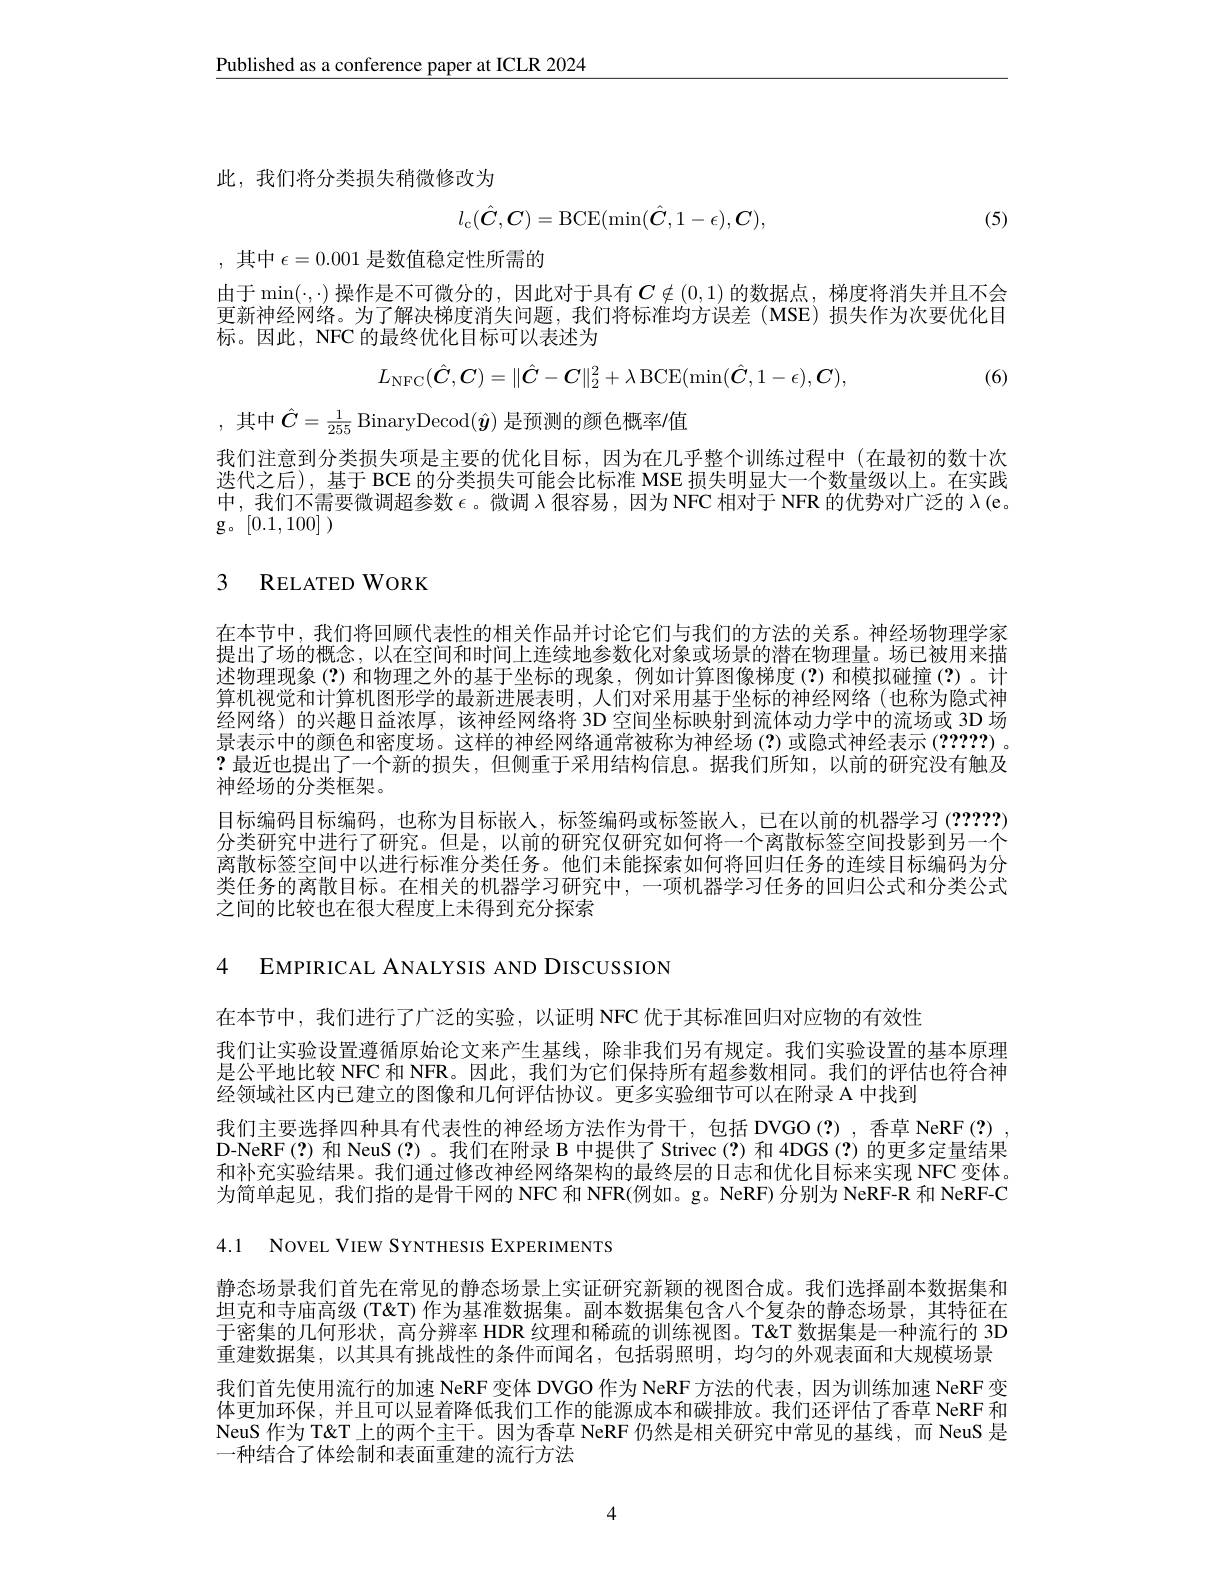
$\underline{\text{Published as a conference paper at ICLR 2024}}$

此，我们将分类损失稍微修改为
$$l_\mathrm{c}(\hat{\boldsymbol{C}},\boldsymbol{C})=\mathrm{BCE}(\mathrm{min}(\hat{\boldsymbol{C}},1-\epsilon),\boldsymbol{C}),$$
(5)

,其中 $\epsilon=0.001$ 是数值稳定性所需的

由于$\min(\cdot,\cdot)$ 操作是不可微分的，因此对于具有$\boldsymbol{C}\notin(0,1)$ 的数据点，梯度将消失并且不会更新神经网络。为了解决梯度消失问题，我们将标准均方误差(MSE)损失作为次要优化目标。因此，NFC 的最终优化目标可以表述为
$$L_{\mathrm{NFC}}(\hat{C},\boldsymbol{C})=\|\hat{\boldsymbol{C}}-\boldsymbol{C}\|_{2}^{2}+\lambda\operatorname{BCE}(\min(\hat{\boldsymbol{C}},1-\epsilon),\boldsymbol{C}),$$
(6)

, 其中$\hat{C}=\frac1{255}$BinaryDecod$(\hat{\boldsymbol{y}})$ 是预测的颜色概率/值

我们注意到分类损失项是主要的优化目标，因为在几乎整个训练过程中(在最初的数十次迭代之后),基于 BCE 的分类损失可能会比标准 MSE 损失明显大一个数量级以上。在实践中，我们不需要微调超参数$\epsilon$。微调$\lambda$很容易，因为 NFC 相对于 NFR 的优势对广泛的$\lambda($e。${\mathrm{g。}}^{\prime}[0.1,100])$

# 3 RELATED WORK

在本节中，我们将回顾代表性的相关作品并讨论它们与我们的方法的关系。神经场物理学家提出了场的概念，以在空间和时间上连续地参数化对象或场景的潜在物理量。场已被用来描述物理现象(?)和物理之外的基于坐标的现象，例如计算图像梯度(?)和模拟碰撞(?)。计算机视觉和计算机图形学的最新进展表明，人们对采用基于坐标的神经网络(也称为隐式神经网络)的兴趣日益浓厚，该神经网络将 3D 空间坐标映射到流体动力学中的流场或 3D 场景表示中的颜色和密度场。这样的神经网络通常被称为神经场(?)或隐式神经表示 (?????)。?最近也提出了一个新的损失，但侧重于采用结构信息。据我们所知，以前的研究没有触及神经场的分类框架。
目标编码目标编码，也称为目标嵌人，标签编码或标签嵌人，已在以前的机器学习(?????) 分类研究中进行了研究。但是，以前的研究仅研究如何将一个离散标签空间投影到另一个离散标签空间中以进行标准分类任务。他们未能探索如何将回归任务的连续目标编码为分类任务的离散目标。在相关的机器学习研究中，一项机器学习任务的回归公式和分类公式之间的比较也在很大程度上未得到充分探索

4 EMPIRICAL ANALYSIS AND DISCUSSION

在本节中，我们进行了广泛的实验，以证明 NFC 优于其标准回归对应物的有效性
我们让实验设置遵循原始论文来产生基线，除非我们另有规定。我们实验设置的基本原理是公平地比较 NFC 和 NFR。因此，我们为它们保持所有超参数相同。我们的评估也符合神经领域社区内已建立的图像和几何评估协议。更多实验细节可以在附录 A 中找到
我们主要选择四种具有代表性的神经场方法作为骨干，包括 DVGO(?),香草 NeRF(?) D-NeRF(?)和 NeuS(?)。我们在附录 B 中提供了 Strivec(?) 和 4DGS(?) 的更多定量结果和补充实验结果。我们通过修改神经网络架构的最终层的日志和优化目标来实现 NFC 变体。为简单起见，我们指的是骨干网的 NFC 和 NFR(例如。g。NeRF) 分别为 NeRF-R 和 NeRF-C

4.1 NOVEL VIEW SYNTHESIS EXPERIMENTS

静态场景我们首先在常见的静态场景上实证研究新颖的视图合成。我们选择副本数据集和坦克和寺庙高级 (T&T) 作为基准数据集。副本数据集包含八个复杂的静态场景，其特征在于密集的几何形状，高分辨率 HDR 纹理和稀疏的训练视图。T&T 数据集是一种流行的 3D 重建数据集，以其具有挑战性的条件而闻名，包括弱照明，均匀的外观表面和大规模场景我们首先使用流行的加速 NeRF 变体 DVGO 作为 NeRF 方法的代表，因为训练加速 NeRF 变体更加环保，并且可以显着降低我们工作的能源成本和碳排放。我们还评估了香草 NeRF 和NeuS 作为 T' L的两个主干。因为香草 NeRF 仍然是相关研究中常见的基线，而 NeuS 是一种结合了体绘制和表面重建的流行方法

4